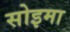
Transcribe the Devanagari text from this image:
सोइमा